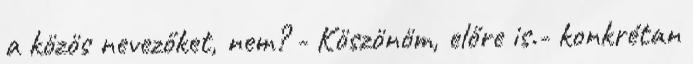
a közös nevezőket, nem? - Köszönöm, előre is.- konkrétan